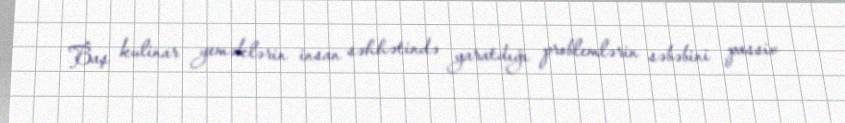
Baş kulinar yeməklərin insan səhhətində yaratdığı problemlərin səbəbini passiv